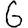
Digit: 6